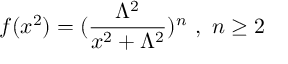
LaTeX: f ( x ^ { 2 } ) = ( \frac { \Lambda ^ { 2 } } { x ^ { 2 } + \Lambda ^ { 2 } } ) ^ { n } \ , \ n \geq 2